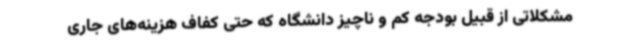
مشکلاتی از قبیل بودجه کم و ناچیز دانشگاه که حتی کفاف هزینه‌های جاری